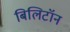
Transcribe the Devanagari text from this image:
बिलिटॉन